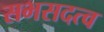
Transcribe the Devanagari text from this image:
सभसदत्व